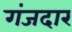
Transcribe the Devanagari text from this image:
गंजदार